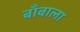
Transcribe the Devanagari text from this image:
बाँबाला